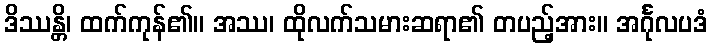
ဒိဿန္တိ၊ ထက်ကုန်၏။ အဿ၊ ထိုလက်သမားဆရာ၏ တပည့်အား။ အင်္ဂုလပဒံ